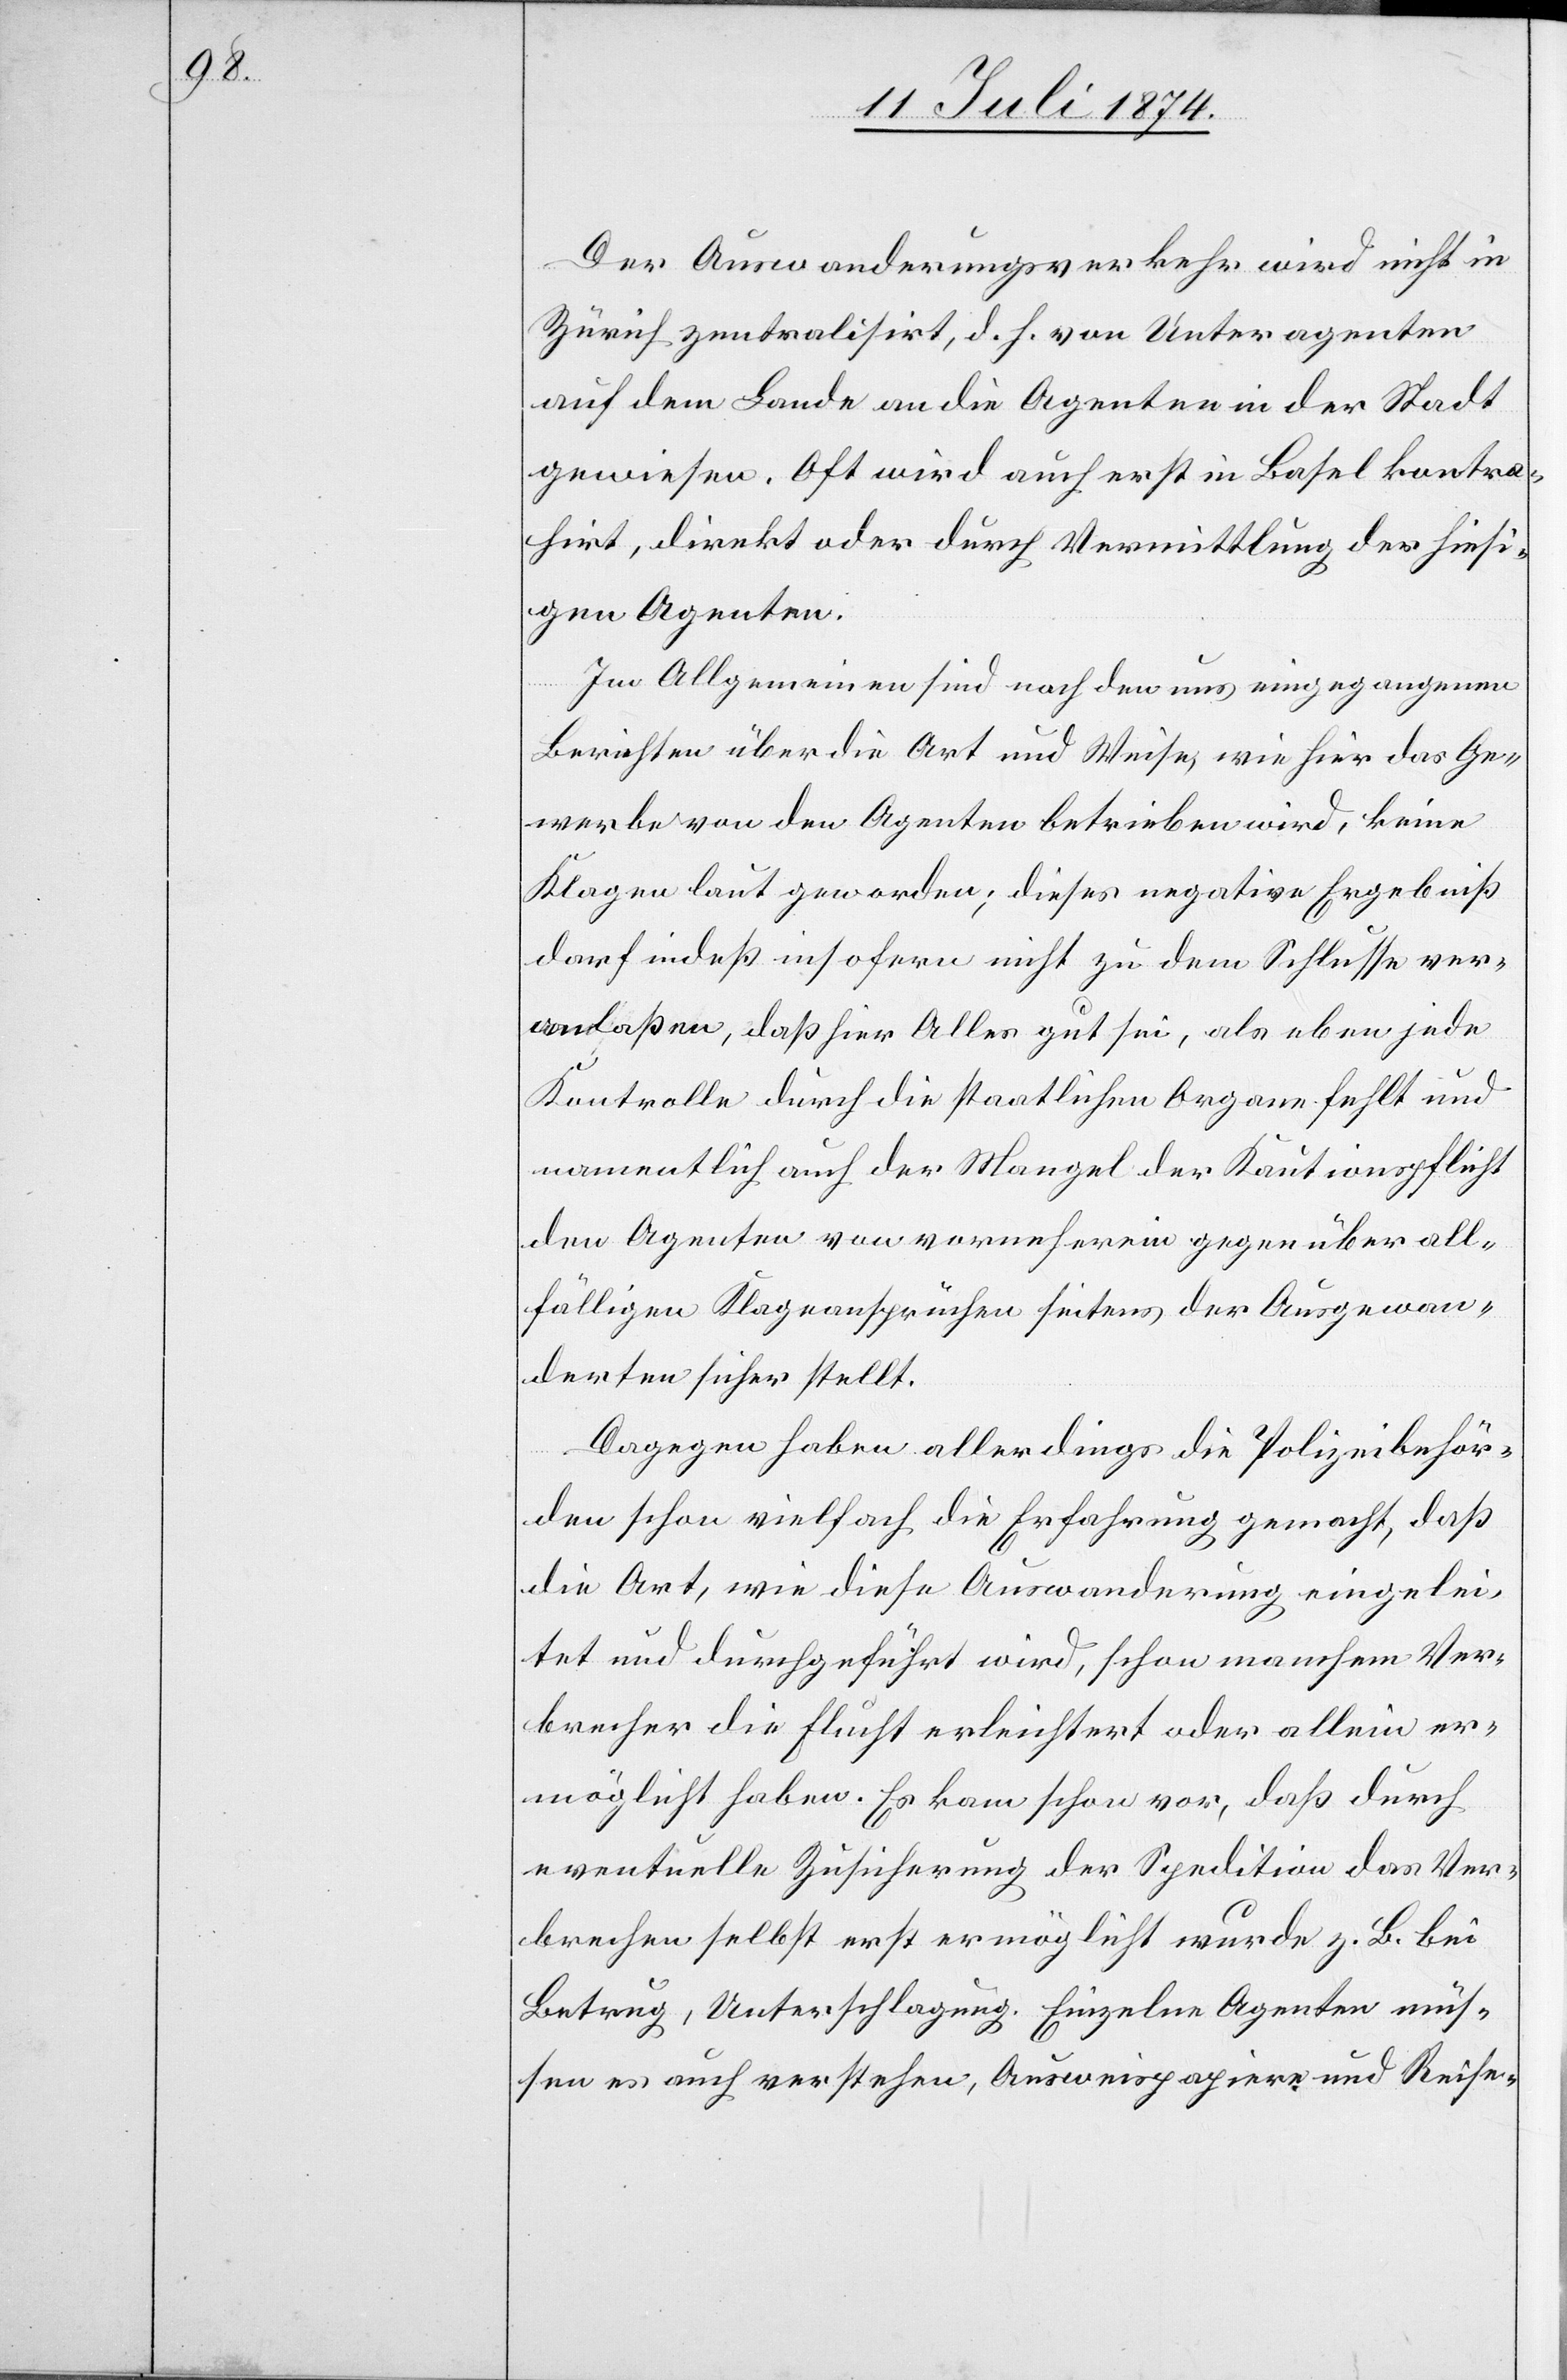
Der Auswanderungsverkehr wird nicht in
Zürich zentralisirt, d. h. von Unteragenten
auf dem Lande an die Agenten in der Stadt
gewiesen. Oft wird auch erst in Basel kontra¬
hirt, direkt oder durch Vermittlung des hiesi¬
gen Agenten.
Im Allgemeinen sind nach den uns eingegangenen
Berichten über die Art und Weise, wie hier das Ge¬
werbe von den Agenten betrieben wird, keine
Klagen laut geworden; dieses negative Ergebniß
darf indeß insofern nicht zu dem Schlusse ver¬
anlaßen, daß hier Alles gut sei, als eben jede
Kontrolle durch die staatlichen Organe fehlt und
namentlich auch der Mangel der Kautionspflicht
den Agenten von vorneherein gegenüber all¬
fälligen Klageansprüchen seitens der Ausgewan¬
derten sicher stellt.
Dagegen haben allerdings die Polizeibehör¬
den schon vielfach die Erfahrung gemacht, daß
die Art, wie diese Auswanderung eingelei¬
tet und durchgeführt wird, schon manchem Ver¬
brecher die Flucht erleichtert oder allein er¬
möglicht haben. Es kam schon vor, daß durch
eventuelle Zusicherung der Spedition das Ver¬
brechen selbst erst ermöglicht wurde z. B. bei
Betrug, Unterschlagung. Einzelne Agenten müs¬
sen es auch verstehen, Ausweispapiere und Reise-